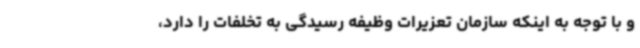
و با توجه به اینکه سازمان تعزیرات وظیفه رسیدگی به تخلفات را دارد،